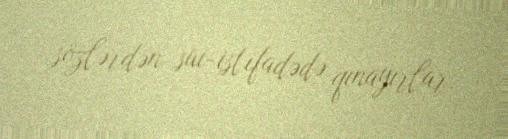
sözlərdən sui-istifadədə qınayırlar.